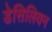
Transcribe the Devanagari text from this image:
डेसिलियन